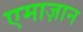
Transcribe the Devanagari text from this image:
एमाज़ान